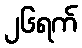
၂၆ရက်